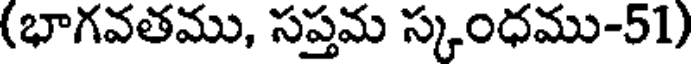
(భాగవతము, సప్తమ స్కంధము-51)